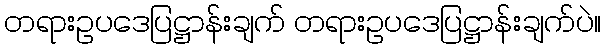
တရားဥပဒေပြဋ္ဌာန်းချက် တရားဥပဒေပြဋ္ဌာန်းချက်ပဲ။